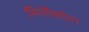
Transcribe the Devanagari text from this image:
मिनीसोटा